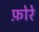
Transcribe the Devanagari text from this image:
फ़ोरे